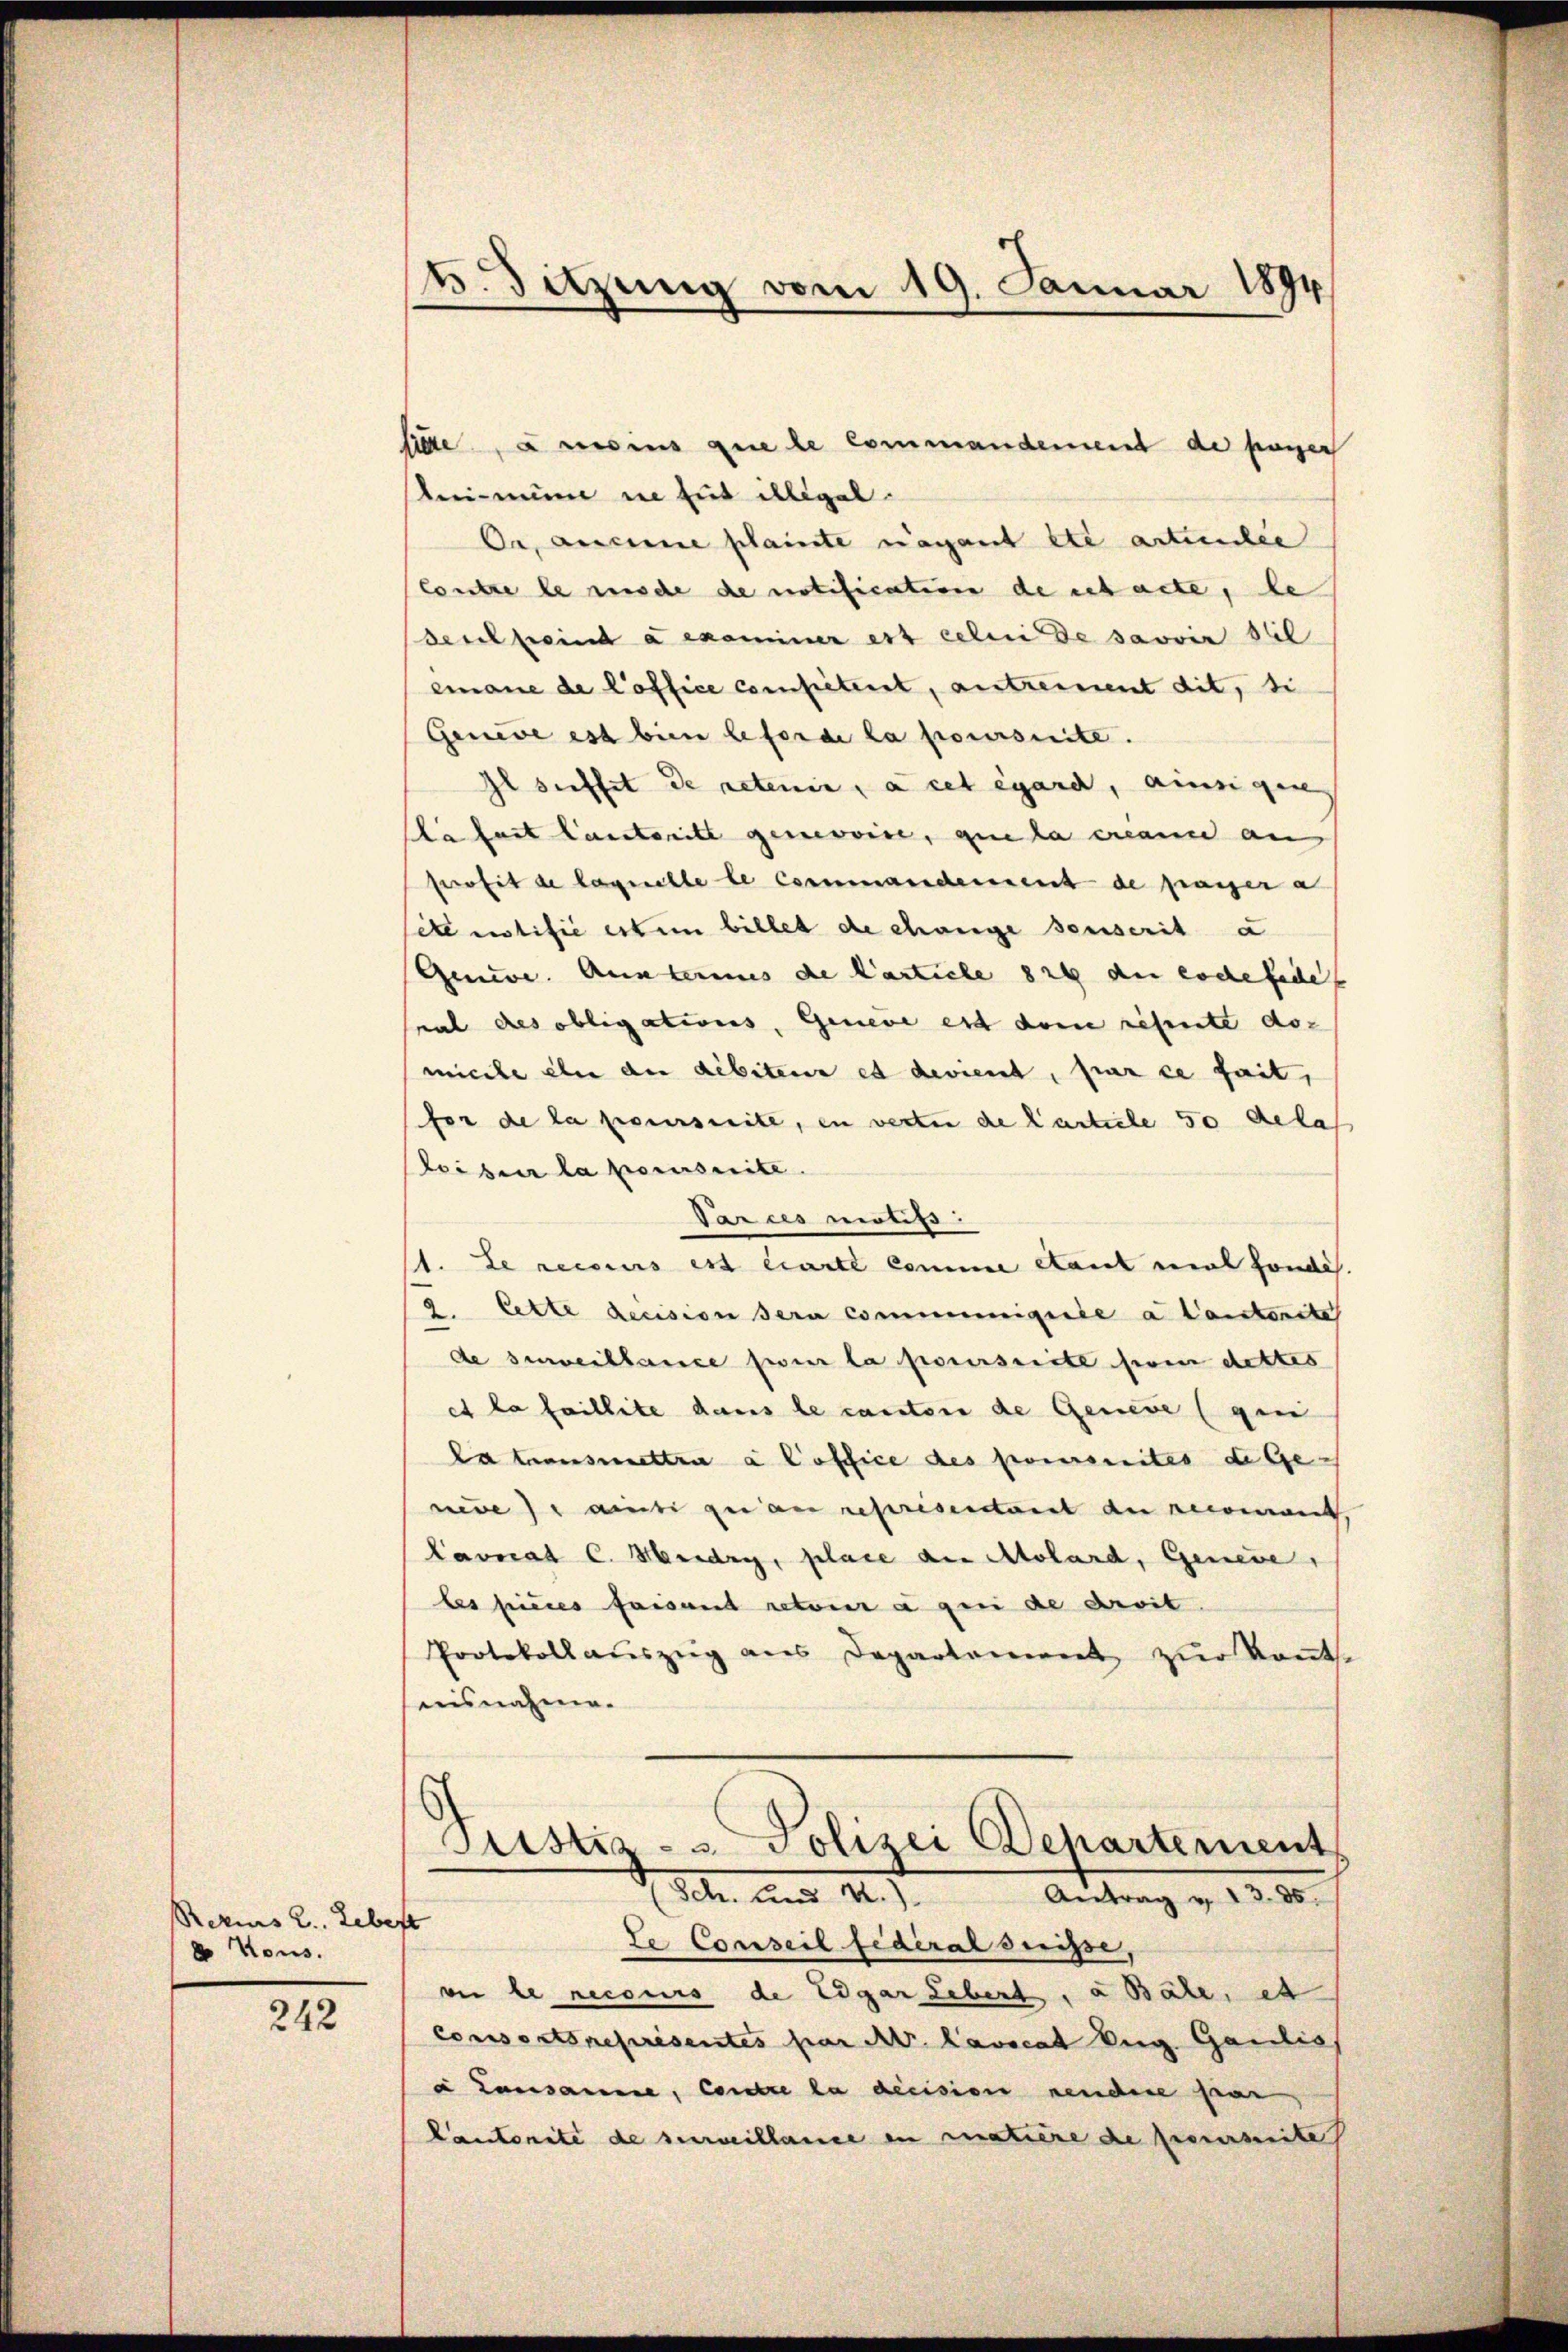
Rezius 2. Lebert
 Kons.

242

lide, u meins que le commandement de payer
bermine in Ent illegal.
Oer, aucune plainte vagant et artienlie
Contre le mische de notification de tacte, de
seil feind a examiner est celui de savoir stil
emane de l’office competent, antzeinent dit, si
Geneve est bien beförde la poursuite.
Il suffit de retenir, à cet égard, einigere
da fait lautenitz genevoire, que la crianne an
ferofit de laquelle le Commanderent de paier a
d notifie erten billet de change seuserit a
Genere. Auskammes de lastiche 824 der koche fede
ral des obligations, Geneve est dem resente do-
micche ein an debitere et devient, par ce fait,
for de la poursuite, in verten de Carticle 50 gelas
beiber la poursuite.
Parces motifs.
1. Le recours est écarte Comme cant mal fonde
2. Cette decision sera communiquere a tantenste
de surveillance sur la poursuite serin dettes
et la faillite dans le canton de Geneve (gen
la transmettra à loffice des poursuites de Ge-
neder anti zu an représentant du recomant,
Carnad C. Heidry, place der Molard, Geneie,
les hieres faisant retour à pei de droit
Protokoll aŭszŭg ans Departement zŭr Kant.
eesnahme.

v. Satzung vom 19. Januar 1894

Pristia - u Polizei Departement
See und M. s
Antrag u. 13. 85.

Le Conseil fédéral dirisse,
vi le recours de Edgar Lebert, a Bäle, et
consorts représentes par A. Lavocat Vig. Galis
a Lausamme, contre la dicision nendere paar
Cantonité de surveillance in matière de reisite